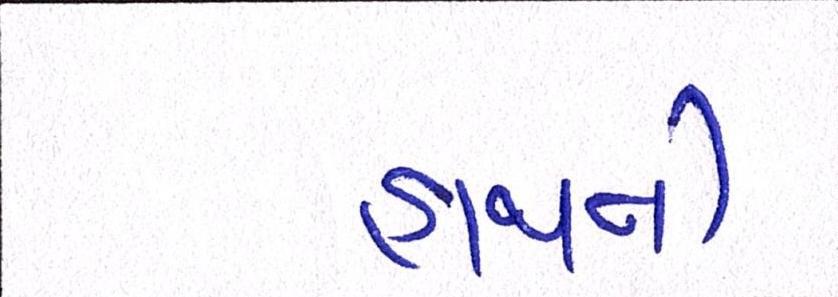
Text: હાથની